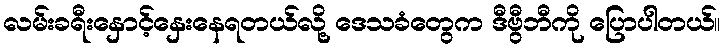
လမ်းခရီးနှောင့်နှေးနေရတယ်လို့ ဒေသခံတွေက ဒီဗွီဘီကို ပြောပါတယ်။